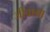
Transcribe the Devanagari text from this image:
जीवागा